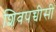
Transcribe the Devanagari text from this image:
शिवपच्चीसी